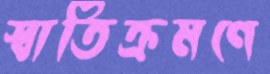
স্বাতিক্রমণে